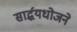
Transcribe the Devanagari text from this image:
सार्द्धयधोजने